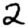
Digit: 2